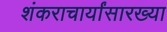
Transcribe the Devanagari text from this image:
शंकराचार्यांसारख्या